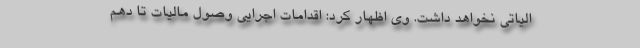
الیاتی نخواهد داشت. وی اظهار کرد: اقدامات اجرایی وصول مالیات تا دهم